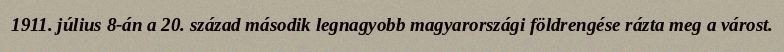
1911. július 8-án a 20. század második legnagyobb magyarországi földrengése rázta meg a várost.